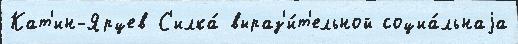
Кат'ин-Ярцев С'илка́ выраз'и́т'ельной социа́льнаjа